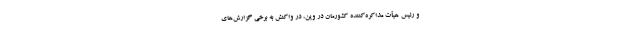
و رئیس هیأت مذاکره‌کننده کشورمان در وین، در واکنش به برخی گزارش‌‌های